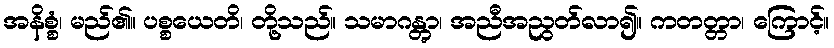
အနိစ္စံ၊ မည်၏။ ပစ္စယေတိ၊ တို့သည်။ သမာဂန္တွာ၊ အညီအညွတ်လာ၍။ ကတတ္တာ၊ ကြောင့်။